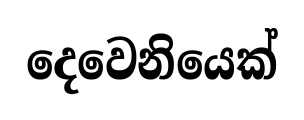
දෙවෙනියෙක්